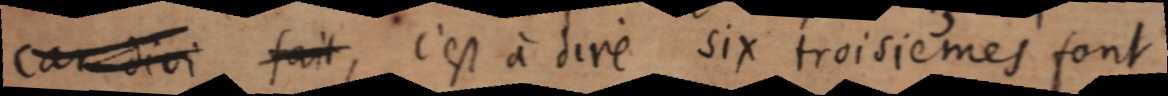
car dio fait, c’et à dire six troisièmes font,